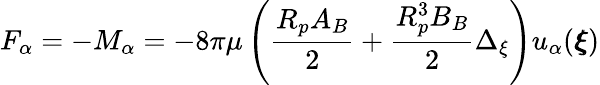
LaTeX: F_{\alpha}=-M_{\alpha}=-8\pi\mu\left(\frac{R_{p}A_{B}}{2}+\frac{R_{p}^{3}B_{B}}{2}\Delta_{\xi}\right)u_{\alpha}({\pmb\xi})